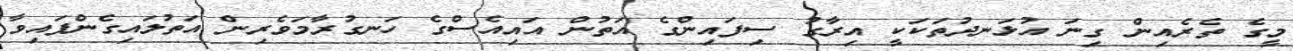
މީގެ ތެރެއިން ގިނަ އުޅަނދުތަކަކީ އިރާގު ސިފައިންގެ އަތުން އައިއެސްގެ ހަނގުރާމަވެރިން އަތުލައިގެންފައިވާ